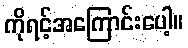
ကိုရင့်အကြောင်းပေါ့။